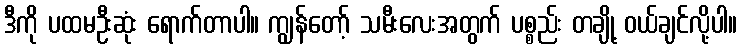
ဒီကို ပထမဦးဆုံး ရောက်တာပါ။ ကျွန်တော့် သမီးလေးအတွက် ပစ္စည်း တချို့ ဝယ်ချင်လို့ပါ။